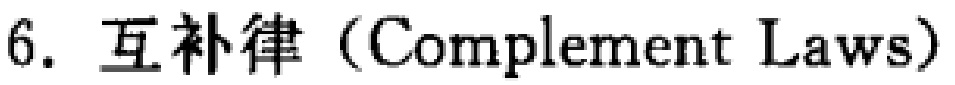
6. 互补律（Complement Laws）